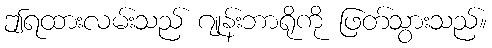
ဤရထားလမ်းသည် ဂျုန်းဘာရိုကို ဖြတ်သွားသည်။